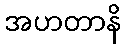
အဟတာနိ